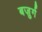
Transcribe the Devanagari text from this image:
बज़ुर्ग